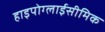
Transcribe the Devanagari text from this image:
हाइपोग्लाईसीमिक